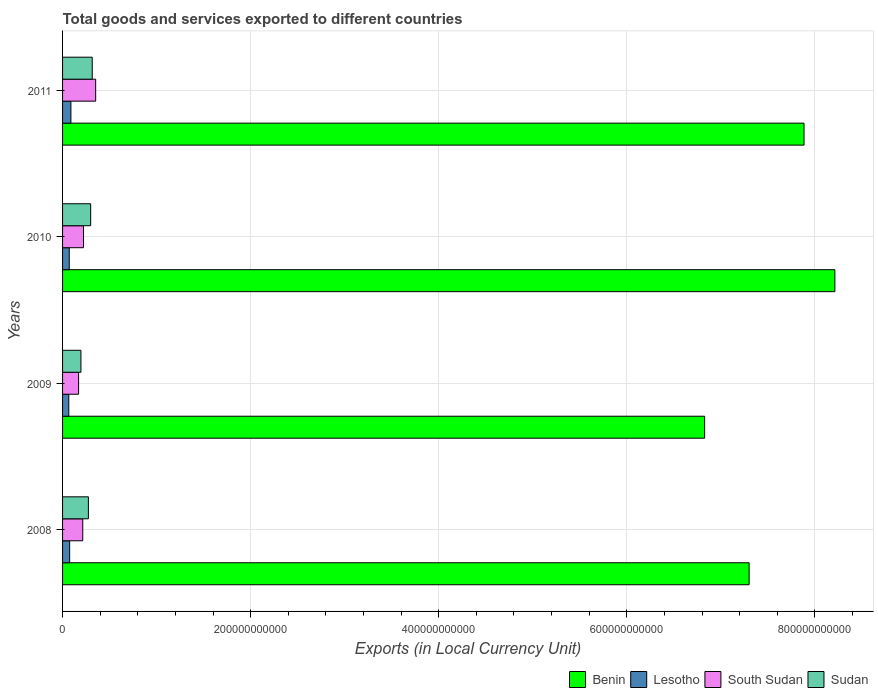
| Years | Benin | Lesotho | South Sudan | Sudan |
 | --- | --- | --- | --- | --- |
 | 2008 | 7.3e+11 | 7.55e+09 | 2.15e+10 | 2.75e+10 |
 | 2009 | 6.83e+11 | 6.63e+09 | 1.7e+10 | 1.95e+10 |
 | 2010 | 8.21e+11 | 7.11e+09 | 2.23e+10 | 2.99e+10 |
 | 2011 | 7.88e+11 | 8.86e+09 | 3.52e+10 | 3.15e+10 |